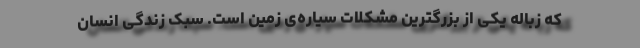
که زباله یکی از بزرگترین مشکلات سیاره‌ی زمین است. سبک زندگی انسان